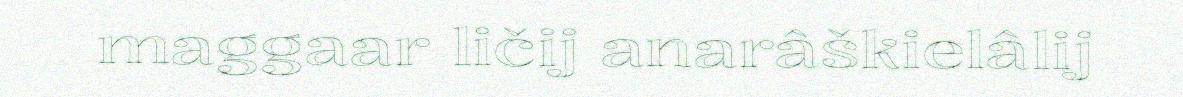
maggaar ličij anarâškielâlij